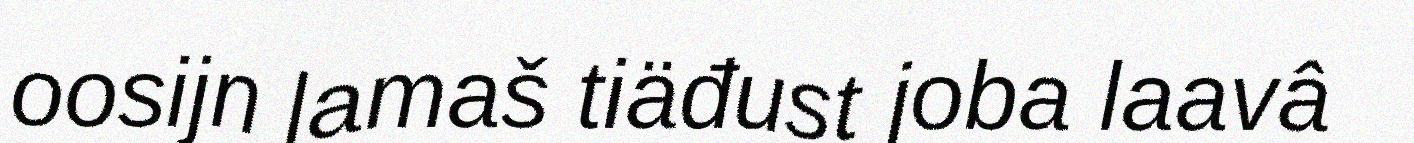
oosijn lamaš tiäđust joba laavâ